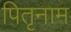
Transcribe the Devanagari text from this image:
पितृनाम